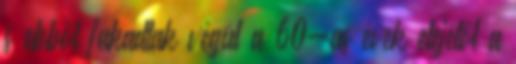
s ebből fakadtak végül a 60-as évek elejétől a